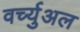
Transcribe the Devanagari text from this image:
वर्च्युअल